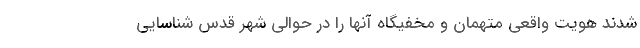
شدند هویت واقعی متهمان و مخفیگاه آنها را در حوالی شهر قدس شناسایی